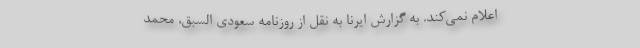
اعلام نمی‌کند. به گزارش ایرنا به نقل از روزنامه سعودی السبق، محمد